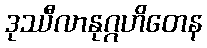
ဒုဿီလာနုဂ္ဂဟိတေန